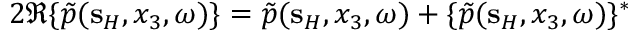
2 \Re \{ \tilde { p } ( { \bf s } _ { H } , x _ { 3 } , \omega ) \} = \tilde { p } ( { \bf s } _ { H } , x _ { 3 } , \omega ) + \{ \tilde { p } ( { \bf s } _ { H } , x _ { 3 } , \omega ) \} ^ { * }